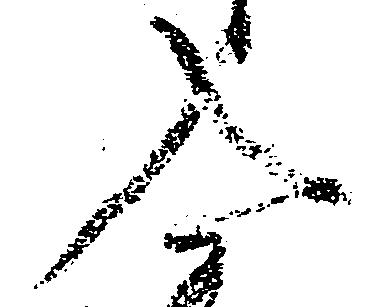
入